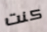
كنت